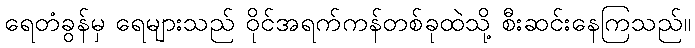
ရေတံခွန်မှ ရေများသည် ဝိုင်အရက်ကန်တစ်ခုထဲသို့ စီးဆင်းနေကြသည်။